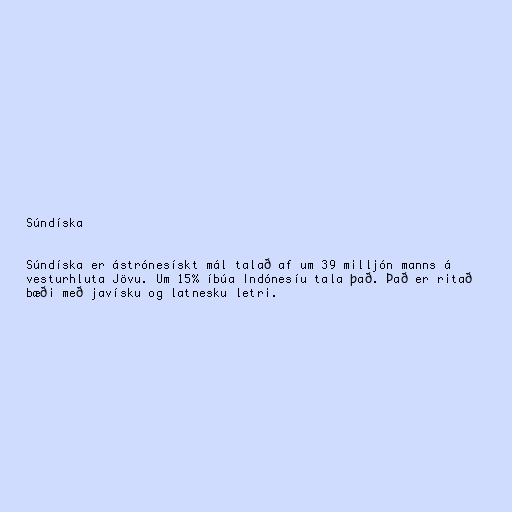
Súndíska

Súndíska er ástrónesískt mál talað af um 39 milljón manns á
vesturhluta Jövu. Um 15% íbúa Indónesíu tala það. Það er ritað
bæði með javísku og latnesku letri.